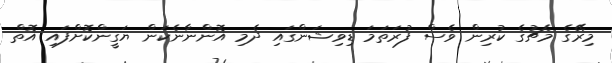
މިރޭގެ މެޗުގެ ކުރިން ވެސް ފުރަތަމަ ޑިވިޝަންގައި ދެމި އޮންނާނެކަން ޔަގީންކޮށްފައި އޮތް